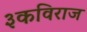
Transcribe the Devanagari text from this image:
३कविराज